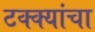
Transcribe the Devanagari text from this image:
टक्क्यांचा